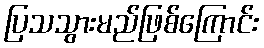
ပြသသွားမည်ဖြစ်ကြောင်း